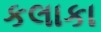
કલાકા